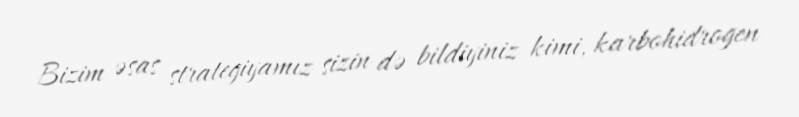
Bizim əsas strategiyamız sizin də bildiyiniz kimi, karbohidrogen